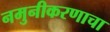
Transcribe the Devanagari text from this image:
नमुनीकरणाचा